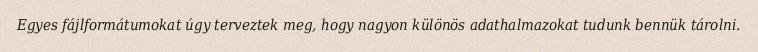
Egyes fájlformátumokat úgy terveztek meg, hogy nagyon különös adathalmazokat tudunk bennük tárolni.